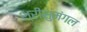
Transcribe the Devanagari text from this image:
श्रीसुमंगल